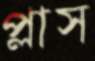
প্লাস